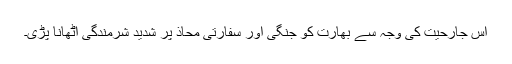
اس جارحیت کی وجہ سے بھارت کو جنگی اور سفارتی محاذ پر شدید شرمندگی اٹھانا پڑی۔